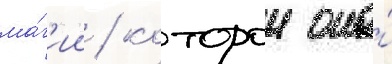
ма́г'ии / которои она́